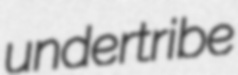
undertribe